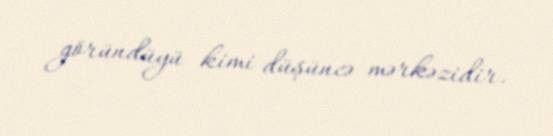
göründüyü kimi düşüncə mərkəzidir.